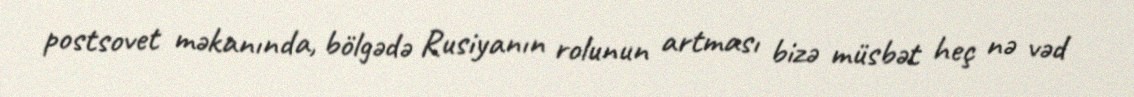
postsovet məkanında, bölgədə Rusiyanın rolunun artması bizə müsbət heç nə vəd